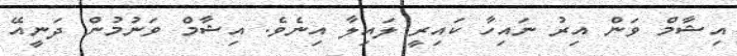
އިޝާމް ވަން އިރު ނައިހާ ކައިރީ ލައިލާ އިނެވެ. އިޝާމް ވަނުމުން ދަނީއޭ